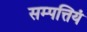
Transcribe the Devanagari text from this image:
सम्पत्तियं